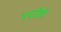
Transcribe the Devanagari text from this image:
पदरीही